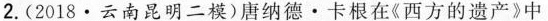
2. (2018 · 云南昆明二模)唐纳德·卡根在《西方的遗产》中